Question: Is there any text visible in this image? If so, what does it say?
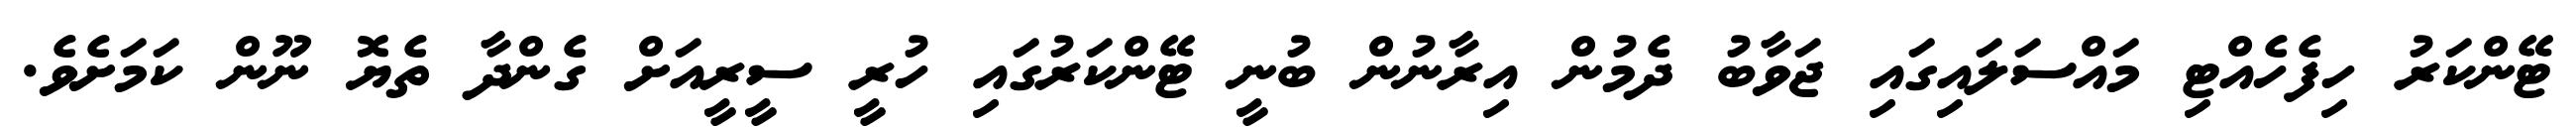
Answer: ޓޭންކަރު ހިފެހެއްޓި މައްސަލައިގައި ޖަވާބު ދެމުން އިރާނުން ބުނީ ޓޭންކަރުގައި ހުރީ ސީރީއަށް ގެންދާ ތެޔޮ ނޫން ކަމަށެވެ.